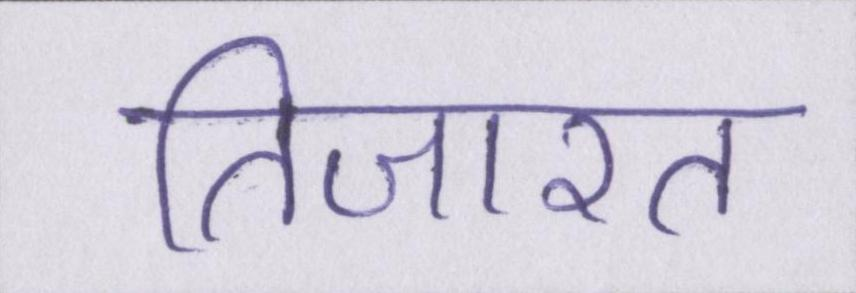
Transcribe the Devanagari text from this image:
तिजारत